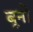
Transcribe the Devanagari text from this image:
बूनो